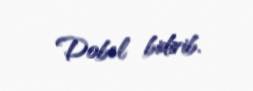
Dobel bidirib.